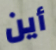
أين